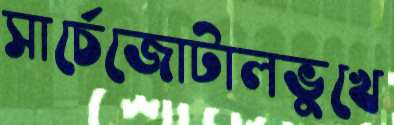
সার্চেজোটালভুখে